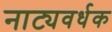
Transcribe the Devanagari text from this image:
नाट्यवर्धक